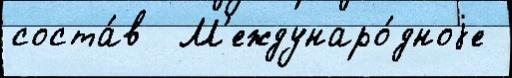
соста́в  М'еждунаро́дноjе